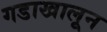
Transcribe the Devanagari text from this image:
गडाखालून